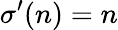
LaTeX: \sigma^{\prime}(n)=n